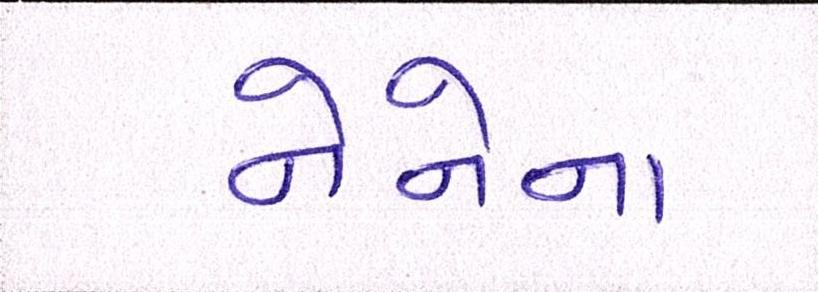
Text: નેનેના